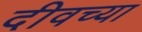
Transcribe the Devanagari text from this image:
दीवच्या